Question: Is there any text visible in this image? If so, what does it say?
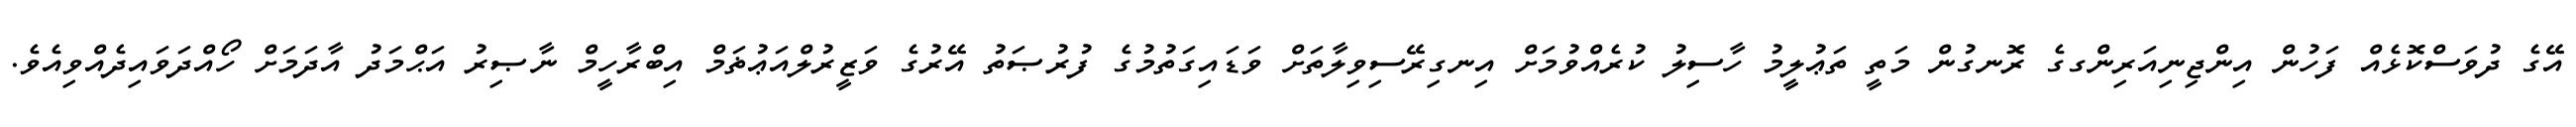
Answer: އޭގެ ދުވަސްކޮޅެއް ފަހުން އިންޖިނިއަރިންގގެ ރޮނގުން މަތީ ތަޢުލީމު ހާސިލު ކުރެއްވުމަށް އިނގިރޭސިވިލާތަށް ވަޑައިގަތުމުގެ ފުރުޞަތު އޭރުގެ ވަޒީރުލްއަޢުޡަމް އިބްރާހީމް ނާޞިރު އަޙްމަދު އާދަމަށް ހޯއްދަވައިދެއްވިއެވެ.